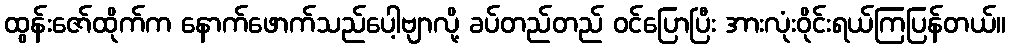
ထွန်းဇော်ထိုက်က နောက်ဖောက်သည်ပေါ့ဗျာလို့ ခပ်တည်တည် ဝင်ပြောပြီး အားလုံးဝိုင်းရယ်ကြပြန်တယ်။